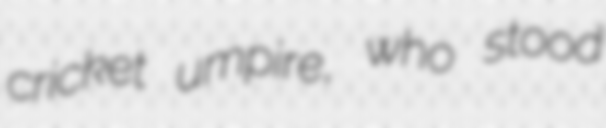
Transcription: cricket umpire, who stood